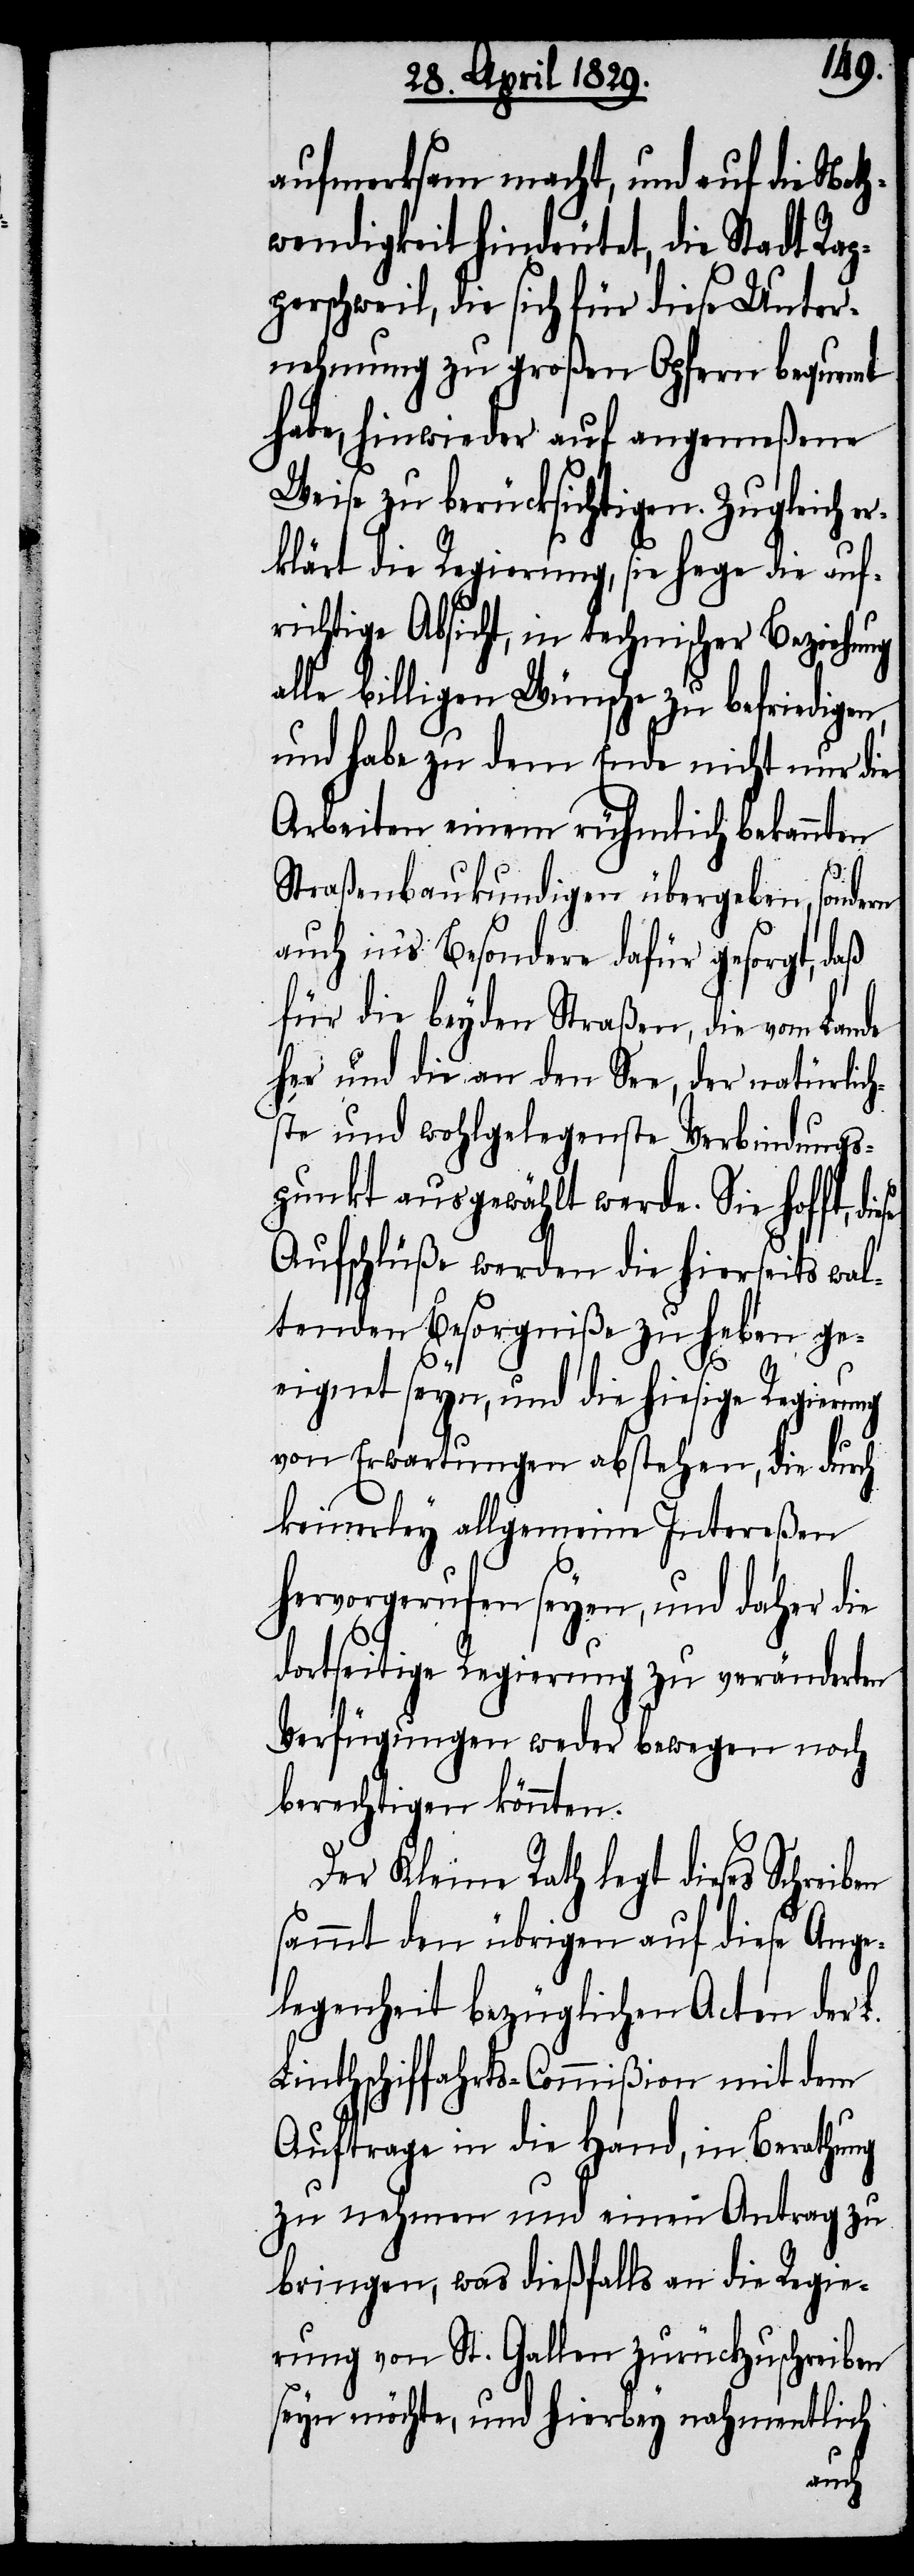
aufmerksam macht, und auf die Noth¬
wendigkeit hindeutet, die Stadt Rap¬
perschweil, die sich für diese Unter¬
nehmung zu großen Opfern bequemt
habe, hinwieder auf angemeßene
Weise zu berücksichtigen. Zugleich er¬
klärt die Regierung, sie hege die auf¬
richtige Absicht, in technischer Beziehung
alle billigen Wünsche zu befriedigen,
und habe zu dem Ende nicht nur die
Arbeiten einem rühmlich bekannten
en
Straßenbaukundigen übergeben, sondern
auch in’s Besondere dafür gesorgt, daß
für die beyden Straßen, die vom Lande
her und die an den See, der natürlich¬
ste und wohlgelegenste Verbindungs¬
punkt ausgewählt werde. Sie hoffe,
Aufschlüße werden die hierseits wal¬
tenden Besorgniße zu heben ge¬
eignet seyn, und die hiesige Regierung
von Erwartungen abstehen, die durch
keinerley allgemeine Intereßen
hervorgerufen seyen, und daher die
dortseitige Regierung zu veränderten
Verfügungen weder bewegen noch
berechtigen könnten.
Der Kleine Rath legt dieses Schreib¬
sammt den übrigen auf diese Ange¬
legenheit bezüglichen Acten der
Linthschiffahrts-Commißion mit dem
Auftrage in die Hand, in Berathung
zu nehmen und einen Antrag zu
bringen, was dießfalls an die Regie¬
rung von St. Gallen zurückzuschreiben
seyn möchte, und hierbey nahmentlich